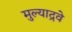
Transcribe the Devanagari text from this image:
मुल्याद्रवे